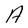
Character: A